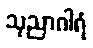
သုညာဂါရံ